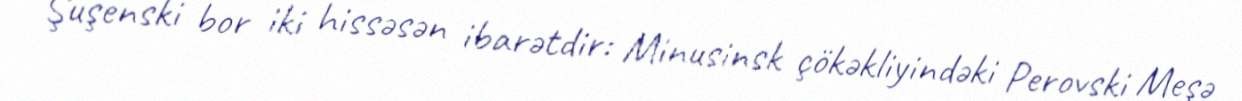
Şuşenski bor iki hissəsən ibarətdir: Minusinsk çökəkliyindəki Perovski Meşə